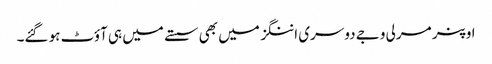
اوپنر مرلی وجے دوسری اننگز میں بھی سستے میں ہی آؤٹ ہو گئے۔